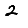
Digit: 2